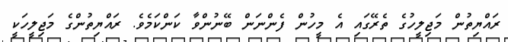
ރައްޔިތުން މަޖިލީހުގެ ތެރޭގައި އެ މީހުން ފެންނަން ބޭނުންވާ ކަންކަމެވެ. ރައްޔިތުންގެ މަޖިލީހަކީ